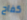
كفاح